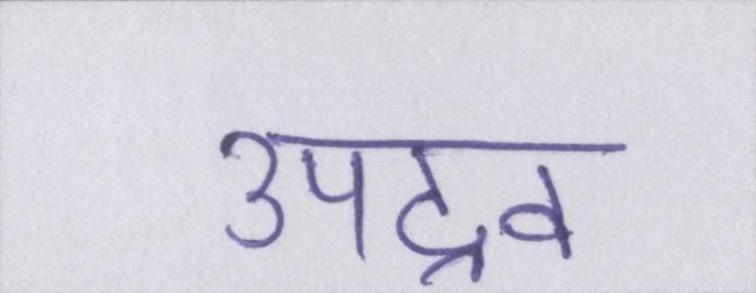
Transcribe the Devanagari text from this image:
उपद्रव